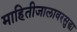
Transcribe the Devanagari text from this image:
माहितीजालावरसुद्धा